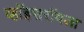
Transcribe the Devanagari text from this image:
व्हॉइसरॉयला